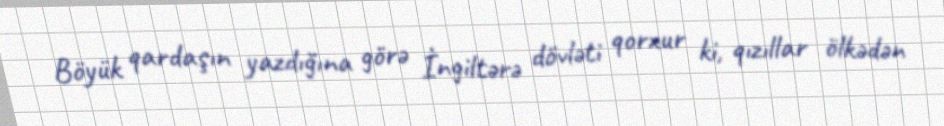
Böyük qardaşın yazdığına görə İngiltərə dövləti qorxur ki, qızıllar ölkədən